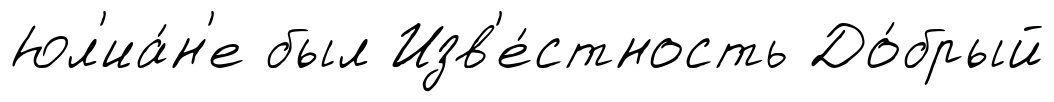
Юл'иа́н'е был Изв'е́стность До́брый